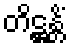
တိဋ္ဌန္တိံ